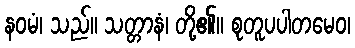
နဝမံ၊ သည်။ သတ္တာနံ၊ တို့၏။ စုတူပပါတမေဝ၊